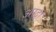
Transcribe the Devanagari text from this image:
अस्दा